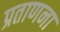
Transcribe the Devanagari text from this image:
प्रताणना